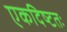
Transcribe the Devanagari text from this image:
एकदिष्‍टतः